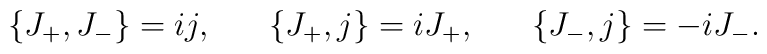
\{ J_+, J_-\}=i j,\hspace{7mm}\{ J_+, j\}=i J_+,\hspace{7mm}\{ J_-, j\}=-i J_-.